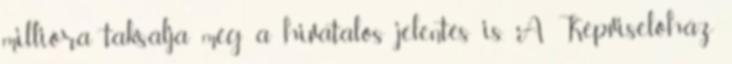
millióra taksálja még a hivatalos jelentés is. A Képviselőház